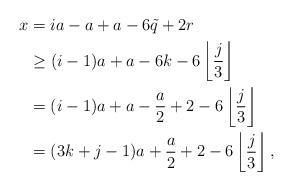
LaTeX: \begin{align*}x & = i a - a + a - 6 \tilde{q} + 2 r\\& \geq (i - 1) a + a - 6 k- 6 \left\lfloor \frac{j}{3} \right\rfloor \\& = (i - 1) a + a - \frac{a}{2} + 2 - 6 \left\lfloor \frac{j}{3} \right\rfloor\\& = (3k+j-1) a + \frac{a}{2} + 2 - 6 \left\lfloor \frac{j}{3} \right\rfloor, \end{align*}